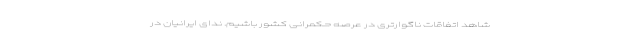
شاهد اتفاقات ناگوارتری در عرصه حکمرانی کشور باشیم. ندای ایرانیان در